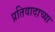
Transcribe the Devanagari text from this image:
प्रतिवादाच्या